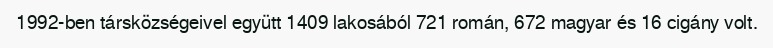
1992-ben társközségeivel együtt 1409 lakosából 721 román, 672 magyar és 16 cigány volt.